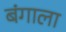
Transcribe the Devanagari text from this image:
बंगाला